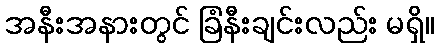
အနီးအနားတွင် ခြံနီးချင်းလည်း မရှိ။